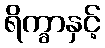
ရိက္ခာနှင့်